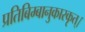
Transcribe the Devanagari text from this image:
प्रतिबिम्बानुकारकृत्‌।